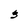
Character: 3